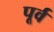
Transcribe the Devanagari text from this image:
पूर्व